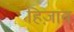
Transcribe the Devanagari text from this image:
हिज़ाब